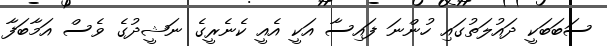
ސަބަބަކީ ދައުލަތުގައި ހުންނަ ފައިސާ އަކީ އެއީ ކެނެރީގެ ނަޝީދުގެ ވެސް އަމާބަފާ